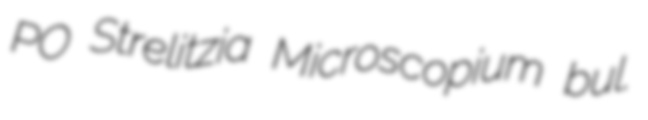
PO Strelitzia Microscopium bul.